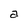
Character: a